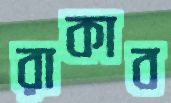
রাকাব